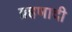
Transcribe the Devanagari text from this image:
ग्रहणादी